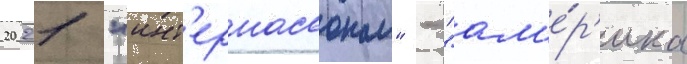
2021 "инт'ернасьонал" - "ам'е́р'ика